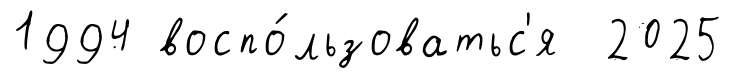
1994 воспо́льзоватьс'я 2025